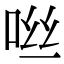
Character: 咝